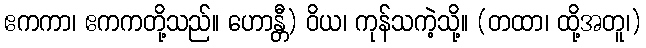
ဧကကာ၊ ဧကကတို့သည်။ ဟောန္တီ) ဝိယ၊ ကုန်သကဲ့သို့။ (တထာ၊ ထို့အတူ၊)